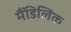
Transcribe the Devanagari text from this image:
मैंडिलिक